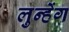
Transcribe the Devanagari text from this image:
लुन्हेंग